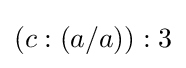
(c:(a/a)):3